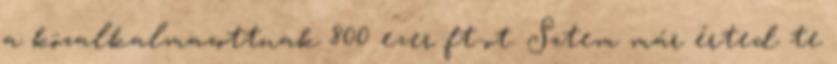
a közalkalmazottnak 800 ezer ft-ot. Sztem már érted te